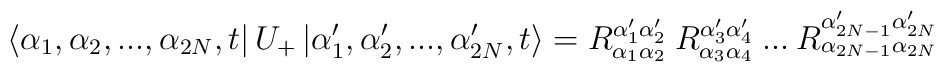
\left\langle \alpha _{1},\alpha _{2},...,\alpha _{2N},t\right| U_{+}\left| \alpha _{1}',\alpha _{2}',...,\alpha _{2N}',t\right\rangle =R^{\alpha _{1}'\alpha _{2}'}_{\alpha _{1}\alpha _{2}}\: R^{\alpha _{3}'\alpha _{4}'}_{\alpha _{3}\alpha _{4}}\: ...\: R^{\alpha _{2N-1}'\alpha _{2N}'}_{\alpha _{2N-1}\alpha _{2N}}